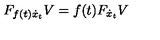
F _ { f ( t ) \dot { x } _ { t } } V = f ( t ) F _ { \dot { x } _ { t } } V